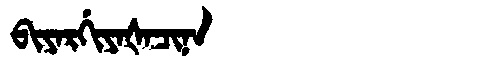
Manchu: ᠪᡳᠶᠠᡵᡤᡳᠶᠠᡧᠠᠴᡳᠨᠠ
Romanization: BIYARGIYAŠACINA